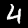
Label: 4